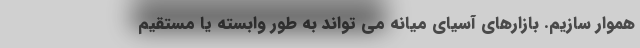
هموار سازیم. بازارهای آسیای میانه می تواند به طور وابسته یا مستقیم